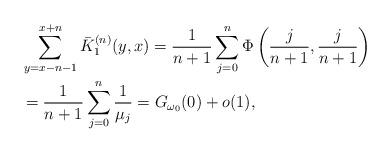
LaTeX: \begin{align*}&\sum_{y=x-n-1}^{x+n}\bar K^{(n)}_1({y,x})=\frac{1}{n+1}\sum_{j=0}^n \Phi\left(\frac{j}{n+1}, \frac{ j}{n+1}\right) \\&= \frac{1}{n+1}\sum_{j=0}^n \frac 1{\mu_j} = G_{\omega_0}(0) + o(1),\end{align*}